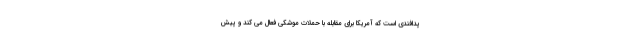
پدافندی است که آمریکا برای مقابله با حملات موشکی فعال می کند و پیش